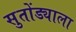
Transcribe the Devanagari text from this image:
सुतोंड्याला